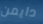
دايمن